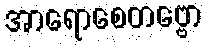
အာရောစေတဗ္ဗော